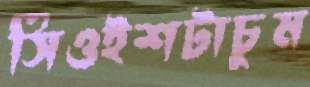
সিওইশটাচুম